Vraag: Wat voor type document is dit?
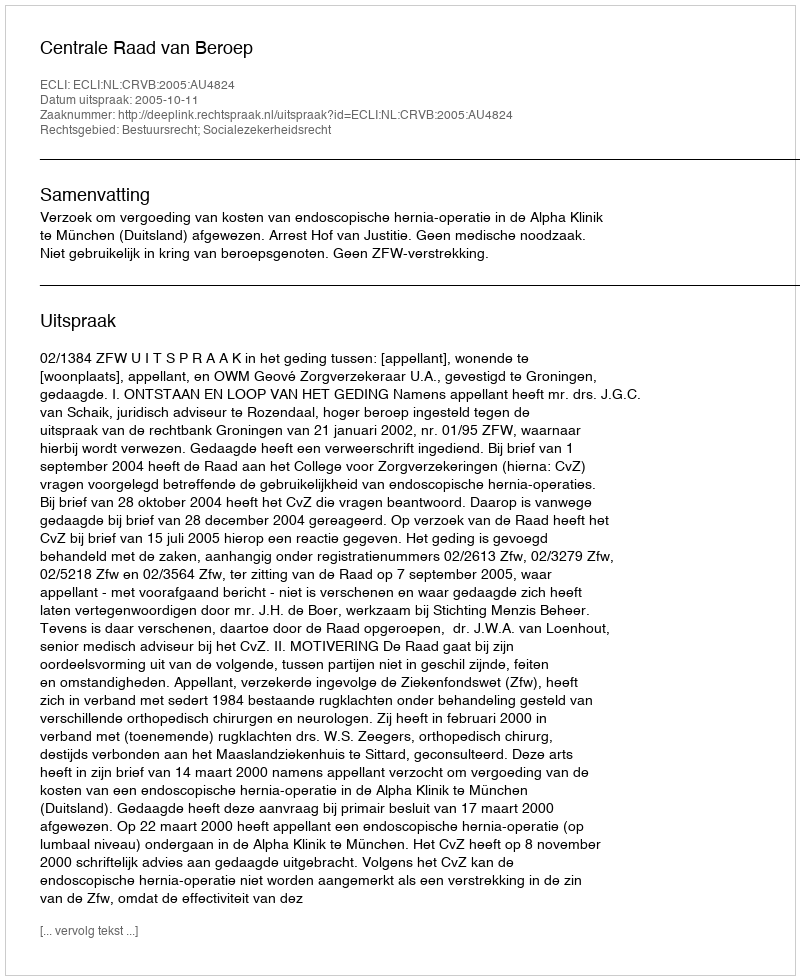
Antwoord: Uitspraak